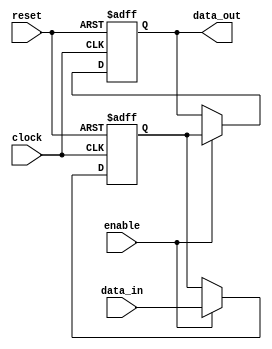
module sequential_logic (
    input wire clock,          // Clock signal
    input wire reset,          // Asynchronous reset signal
    input wire enable,         // Enable signal for state transition
    input wire [7:0] data_in,  // Data input
    output reg [7:0] data_out  // Data output
);

    // State variable
    reg [7:0] state;

    // Always block triggered on clock edges
    always @(posedge clock or posedge reset) begin
        if (reset) begin
            // Asynchronous reset: initialize state and output
            state <= 8'b0;
            data_out <= 8'b0;
        end else if (enable) begin
            // State update logic
            state <= data_in;        // Load new data into state
            data_out <= state;       // Update output based on the current state
        end
    end

endmodule